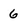
Character: 6